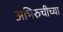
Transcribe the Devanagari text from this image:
अभिरुचीच्या